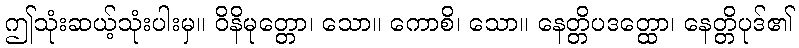
ဤသုံးဆယ့်သုံးပါးမှ။ ဝိနိမုတ္တော၊ သော။ ကောစိ၊ သော။ နေတ္တိပဒတ္ထော၊ နေတ္တိပုဒ်၏